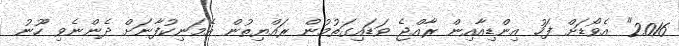
2016" އެވޯޑަށް ފަހު އިންޑިއާއިން ރާއްޖެ ވަޑައިގަތުމުން ރައްޔިތުން އެމަނިކުފާނަށް ދެންނެވި ހޫނު